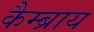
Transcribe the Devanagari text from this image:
कैम्ब्राय